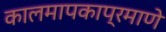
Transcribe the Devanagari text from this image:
कालमापकाप्रमाणे